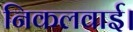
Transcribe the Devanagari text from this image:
निकलवाई।